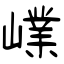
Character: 嶫